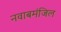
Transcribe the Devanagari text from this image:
नवाबमंजिल